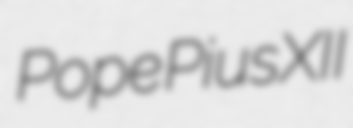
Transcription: Pope Pius XII